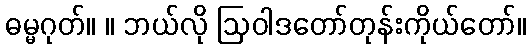
ဓမ္မဂုတ်။ ။ ဘယ်လို ဩဝါဒတော်တုန်းကိုယ်တော်။